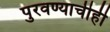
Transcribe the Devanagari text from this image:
पुरवण्याचीही